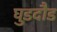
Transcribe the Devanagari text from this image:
घुडदौड